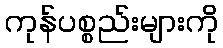
ကုန်ပစ္စည်းများကို